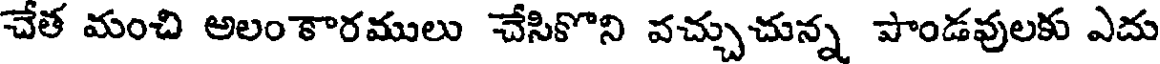
చేత మంచి అలంకారములు చేసికొని వచ్చుచున్న పాండవులకు ఎదు